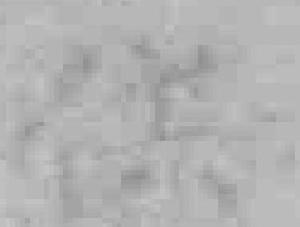
供